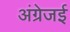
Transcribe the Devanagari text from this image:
अंग्रेजई